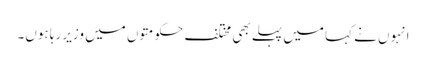
انہوں نے کہا میں پہلے بھی مختلف حکومتوں میں وزیر رہا ہوں۔